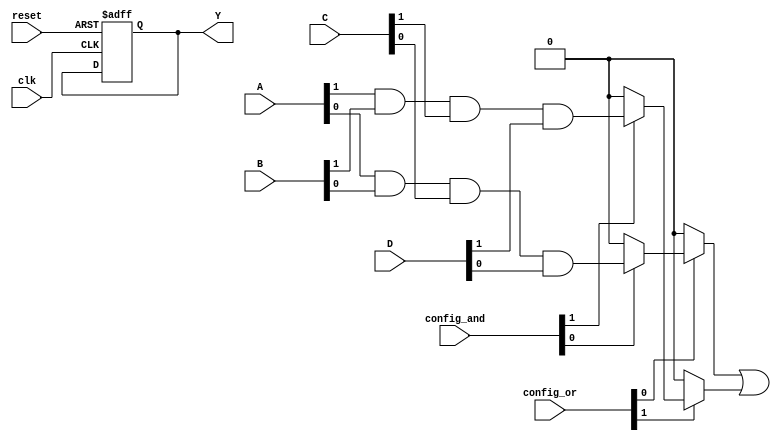
module CLB (
    input wire clk,              // Global clock signal
    input wire reset,            // Global reset signal
    input wire [3:0] A,          // Inputs A, B, C, D
    input wire [3:0] B,
    input wire [3:0] C,
    input wire [3:0] D,
    input wire [15:0] config_and, // Configuration for AND array
    input wire [15:0] config_or,  // Configuration for OR array
    output reg [1:0] Y           // Outputs Y1, Y2
);

    // Internal signals for product terms
    wire [15:0] product_terms;    // 16 product terms (AND results)
    wire [1:0] final_outputs;      // Final output signals

    // Programmable AND array
    genvar i;
    generate
        for (i = 0; i < 16; i = i + 1) begin : and_array
            assign product_terms[i] = (config_and[i]) ? (A[i % 4] & B[i % 4] & C[i % 4] & D[i % 4]) : 1'b0;
        end
    endgenerate

    // Programmable OR array
    always @(*) begin
        final_outputs[0] = (config_or[0]) ? product_terms[0] : 1'b0;
        final_outputs[1] = (config_or[1]) ? product_terms[1] : 1'b0;

        // Example: Combine some product terms to form outputs Y1 and Y2
        Y[0] = final_outputs[0] | final_outputs[1]; // Y1 = OR of product terms
        Y[1] = final_outputs[1];                      // Y2 = direct output from product term
    end

    // Feedback paths (if any)
    // For demonstration, let's assume we want to feed back Y1 into A for some logic
    always @(posedge clk or posedge reset) begin
        if (reset) begin
            // Reset logic, if needed
            Y <= 2'b00;
        end else begin
            // Here you can implement feedback logic if required
            // For example, we can modify A based on output Y1
            // A <= Y[0]; // Example feedback (not typical)
        end
    end

endmodule